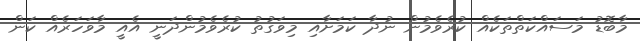
މާބޮޑު މަސައްކަތްތަކެއް ކުރެވެމުން ނުދާ ކަމަށާއި މިވަގުތު ކުރެވެމުންދަނީ އެއީ މާވަހަރެއް ކަން